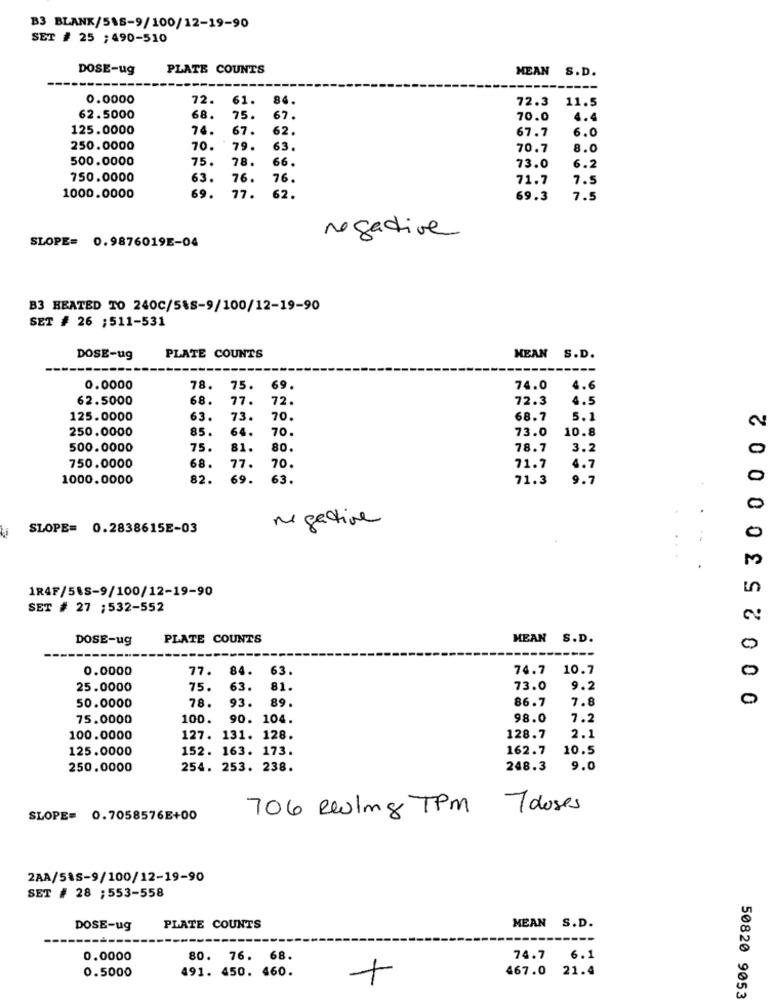
B3 BLANK/515-9/100/12-19-90
SET # 25 ; 490-510
DOSE-ug
PLATE COUNTS
MEAN S.D.
0.0000
72.
61.
84.
72.3
11.5
62.5000
68.
75.
67.
70.0
4.4
125.0000
74.
67.
62.
67.7
6.0
250.0000
70.
79.
63.
70.7
8.0
500.0000
75.
78.
66.
73.0
6.2
750.0000
63.
76.
76.
71.7
7.5
1000.0000
69.
77.
62.
69.3
7.5
SLOPE= 0.9876019E-04
negative
B3 HEATED TO 240C/S&S-9/100/12-19-90
SET # 26 ;511-531
DOSE-ug
PLATE COUNTS
MEAN S.D.
0.0000
78.
75.
69.
74.0
4.6
62.5000
68.
77.
72.
72.3
4.5
0 00 2 5 3 0 0 0 02
125.0000
63.
73.
70.
68.7
5.1
250.0000
85.
64.
70.
73.0
10.8
500.0000
75.
81.
BO.
78.7
3.2
0
750.0000
68.
77.
70.
71.7
4.7
1000.0000
82.
69.
63.
71.3
9.7
0
0
negative
SLOPE= 0.2838615E-03
M
1R4F/54S-9/100/12-19-90
5
SET # 27 ;532-552
DOSE-ug
PLATE COUNTS
MEAN S.D.
0
0.0000
77.
84.
63.
74.7 10.7
0
25.0000
75.
63.
81.
73.0
9.2
78.
93.
89.
86.7
7.8
50.0000
75.0000
100.
90. 104.
98.0
7.2
100.0000
127. 131. 128.
128.7
2.1
125.0000
152. 163. 173.
162.7
10.5
250.0000
254. 253. 238.
248.3
9.0
706 Reling TPM Toloses
SLOPE= 0.7058576E+00
2AA/S&S-9/100/12-19-90
SET # 28 ; 553-558
DOSE-ug
PLATE COUNTS
MEAN S.D.
0.0000
80. 76. 68.
74.7
6.1
0.5000
467.0 21.4
491. 450. 460.
+
50820 9053